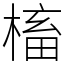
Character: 槒